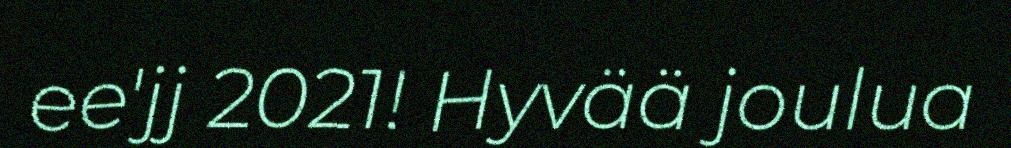
ee'jj 2021!​ Hyvää joulua